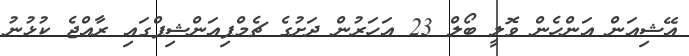
އޭޝިއަން އަންހެން ވޮލީ ބޯލް 23 އަހަރުން ދަށުގެ ޗެމްޕިއަންޝިޕްގައި ރާއްޖެ ކުޅުނު